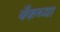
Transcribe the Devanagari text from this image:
बँकच्या